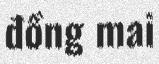
đồng mai